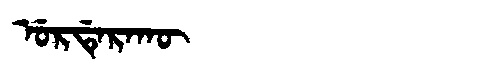
Manchu: ᡠᡵᡩᡝᡵᠠᡴᡡ
Romanization: URDERAKŪ